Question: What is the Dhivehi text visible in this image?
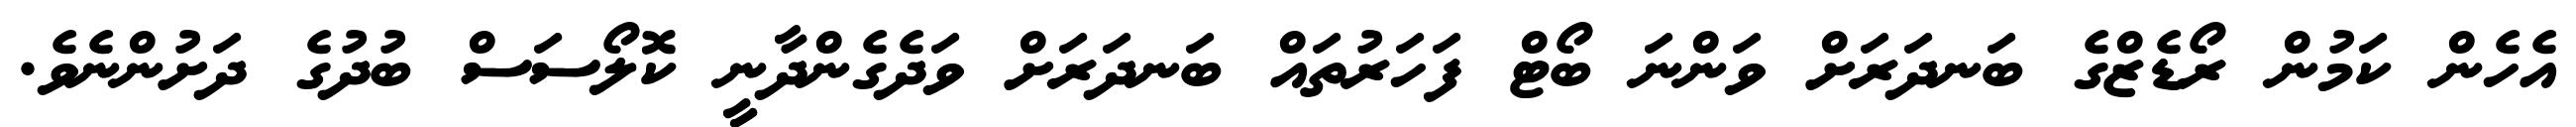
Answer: އެހެން ކަމުން ރޯޑެޒްގެ ބަނދަރަށް ވަންނަ ބޯޓް ފަހަރުތައް ބަނދަރަށް ވަދެގެންދާނީ ކޮލޯސަސް ބުދުގެ ދަށުންނެވެ.